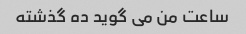
ساعت من می گوید ده گذشته